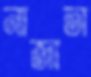
নাজাতা